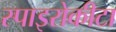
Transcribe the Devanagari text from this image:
स्पाइरोकीटा